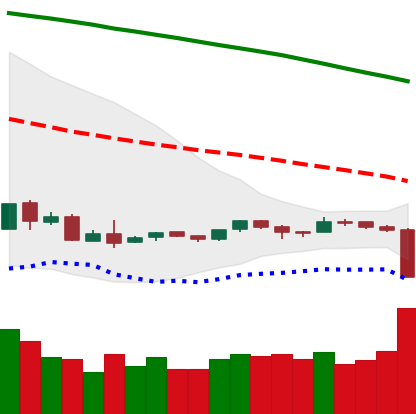
Ticker: ETH-USD
Chart end date: 2018-09-05
Forward return: -15.173%
Label: down_7plus